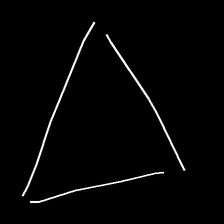
Glyph: convergence